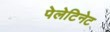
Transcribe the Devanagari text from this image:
पेलेटिनेट